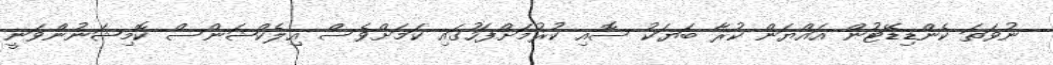
ނުވަތަ ކެންޑިޑޭޓުން އައްޔަން ކުރާ ބަޔަކު ސޮއި ކުރުމަށްފަހުގައި ކަމަށްވެސް އިލެކްޝަންސް ކޮމިޝަނުންވަނީ